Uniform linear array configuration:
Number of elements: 64
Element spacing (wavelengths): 0.5
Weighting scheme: blackman
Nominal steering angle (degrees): -30
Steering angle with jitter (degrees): -28.172
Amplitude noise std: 0.05
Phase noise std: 0.05

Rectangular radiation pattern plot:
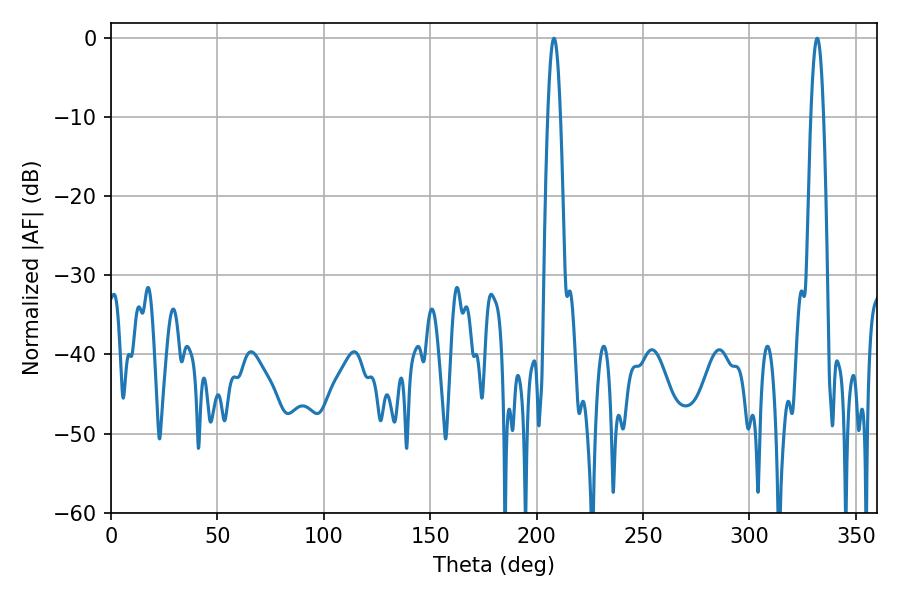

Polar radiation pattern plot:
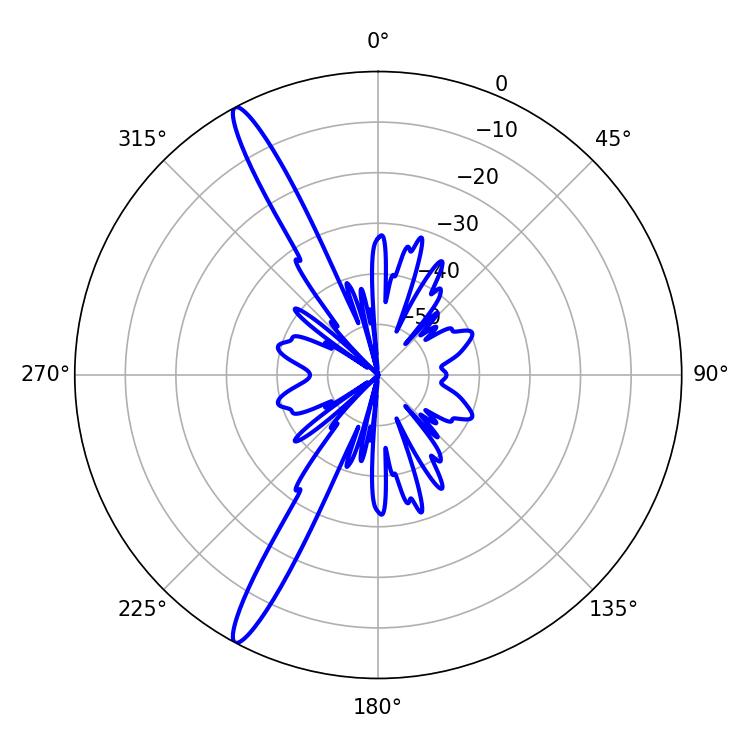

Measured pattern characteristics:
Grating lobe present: FALSE
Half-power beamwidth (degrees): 3.06
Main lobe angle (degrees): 208.08